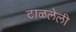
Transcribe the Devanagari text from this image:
टाळलेली